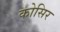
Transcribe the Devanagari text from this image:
कोसिर